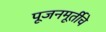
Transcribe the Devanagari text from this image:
पूजनमूर्तीचे